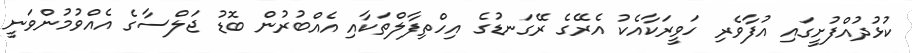
ކުޅުދުއްފުށީގައި އުފާވެރި ހަވީރަކާއެކު އެރޭގެ ރޭގަނޑުގެ އިހްތިފާލްތަކާއި އެއްބުރުން ބޮޑު ޖަލްސާގެ އެއްވުމުންވަނީ